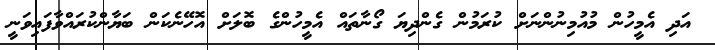
އަދި އެމީހުން މުއުމިނުންނަށް ކުރަމުން ގެންދިޔަ ގޯނާތައް އެމީހުންގެ ބޮލަށް އޮހޭނެކަން ބަޔާންކުރައްވާފައިވަނީ